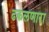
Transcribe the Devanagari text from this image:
ढकलणारा